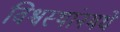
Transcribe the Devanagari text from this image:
विश्वस्थांनमधे